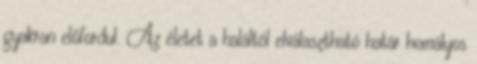
gyakran előfordul. Az életet a haláltól elválasztható határ homályos